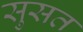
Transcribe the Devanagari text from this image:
सुसत